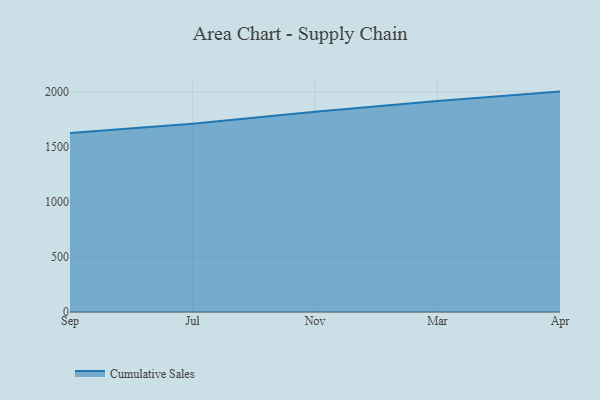
{"axis": {"x": "Month", "y": "Headcount"}, "legend": ["Cumulative Sales"], "data": [{"x": "Sep", "y": 1624.9, "type": "Cumulative Sales"}, {"x": "Jul", "y": 1709.9, "type": "Cumulative Sales"}, {"x": "Nov", "y": 1819.4, "type": "Cumulative Sales"}, {"x": "Mar", "y": 1916.3, "type": "Cumulative Sales"}, {"x": "Apr", "y": 2001.8, "type": "Cumulative Sales"}]}